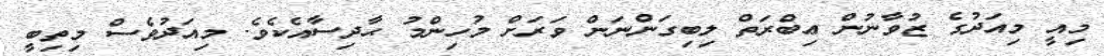
މިއީ މިއަދުގެ ޒުވާނުން ޢިބްރަތް ލިބިގަންނަން ވަރަށް މުހިންމު ޙާދިސާއެކެވެ. މިއަދުވެސް މިތިބީ